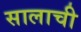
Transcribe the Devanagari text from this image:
सालाची